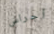
أجراس